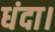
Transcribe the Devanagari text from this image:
धंदा।